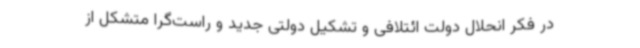
در فکر انحلال دولت ائتلافی و تشکیل دولتی جدید و راست‌گرا متشکل از